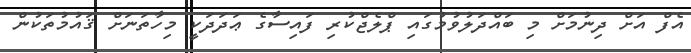
އެފް އަށް ދިނުމަށް މި ބައްދަލުވުމުގައި ޕްލެޖްކުރި ފައިސާގެ ޢަދަދަކީ މިހާތަނަށް ޤައުމުތަކުން